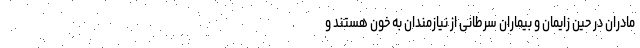
مادران در حین زایمان و بیماران سرطانی از نیازمندان به خون هستند و